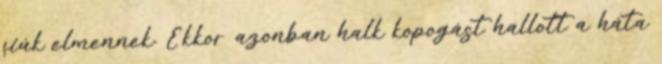
fiúk elmennek. Ekkor azonban halk kopogást hallott a háta